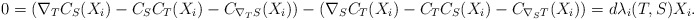
\begin{align*} 0=(\nabla_T C_S(X_i)-C_SC_T(X_i)-C_{\nabla_T S}(X_i))-(\nabla_S C_T(X_i)-C_TC_S(X_i)-C_{\nabla_S T}(X_i))=d\lambda_i(T,S)X_i. \end{align*}